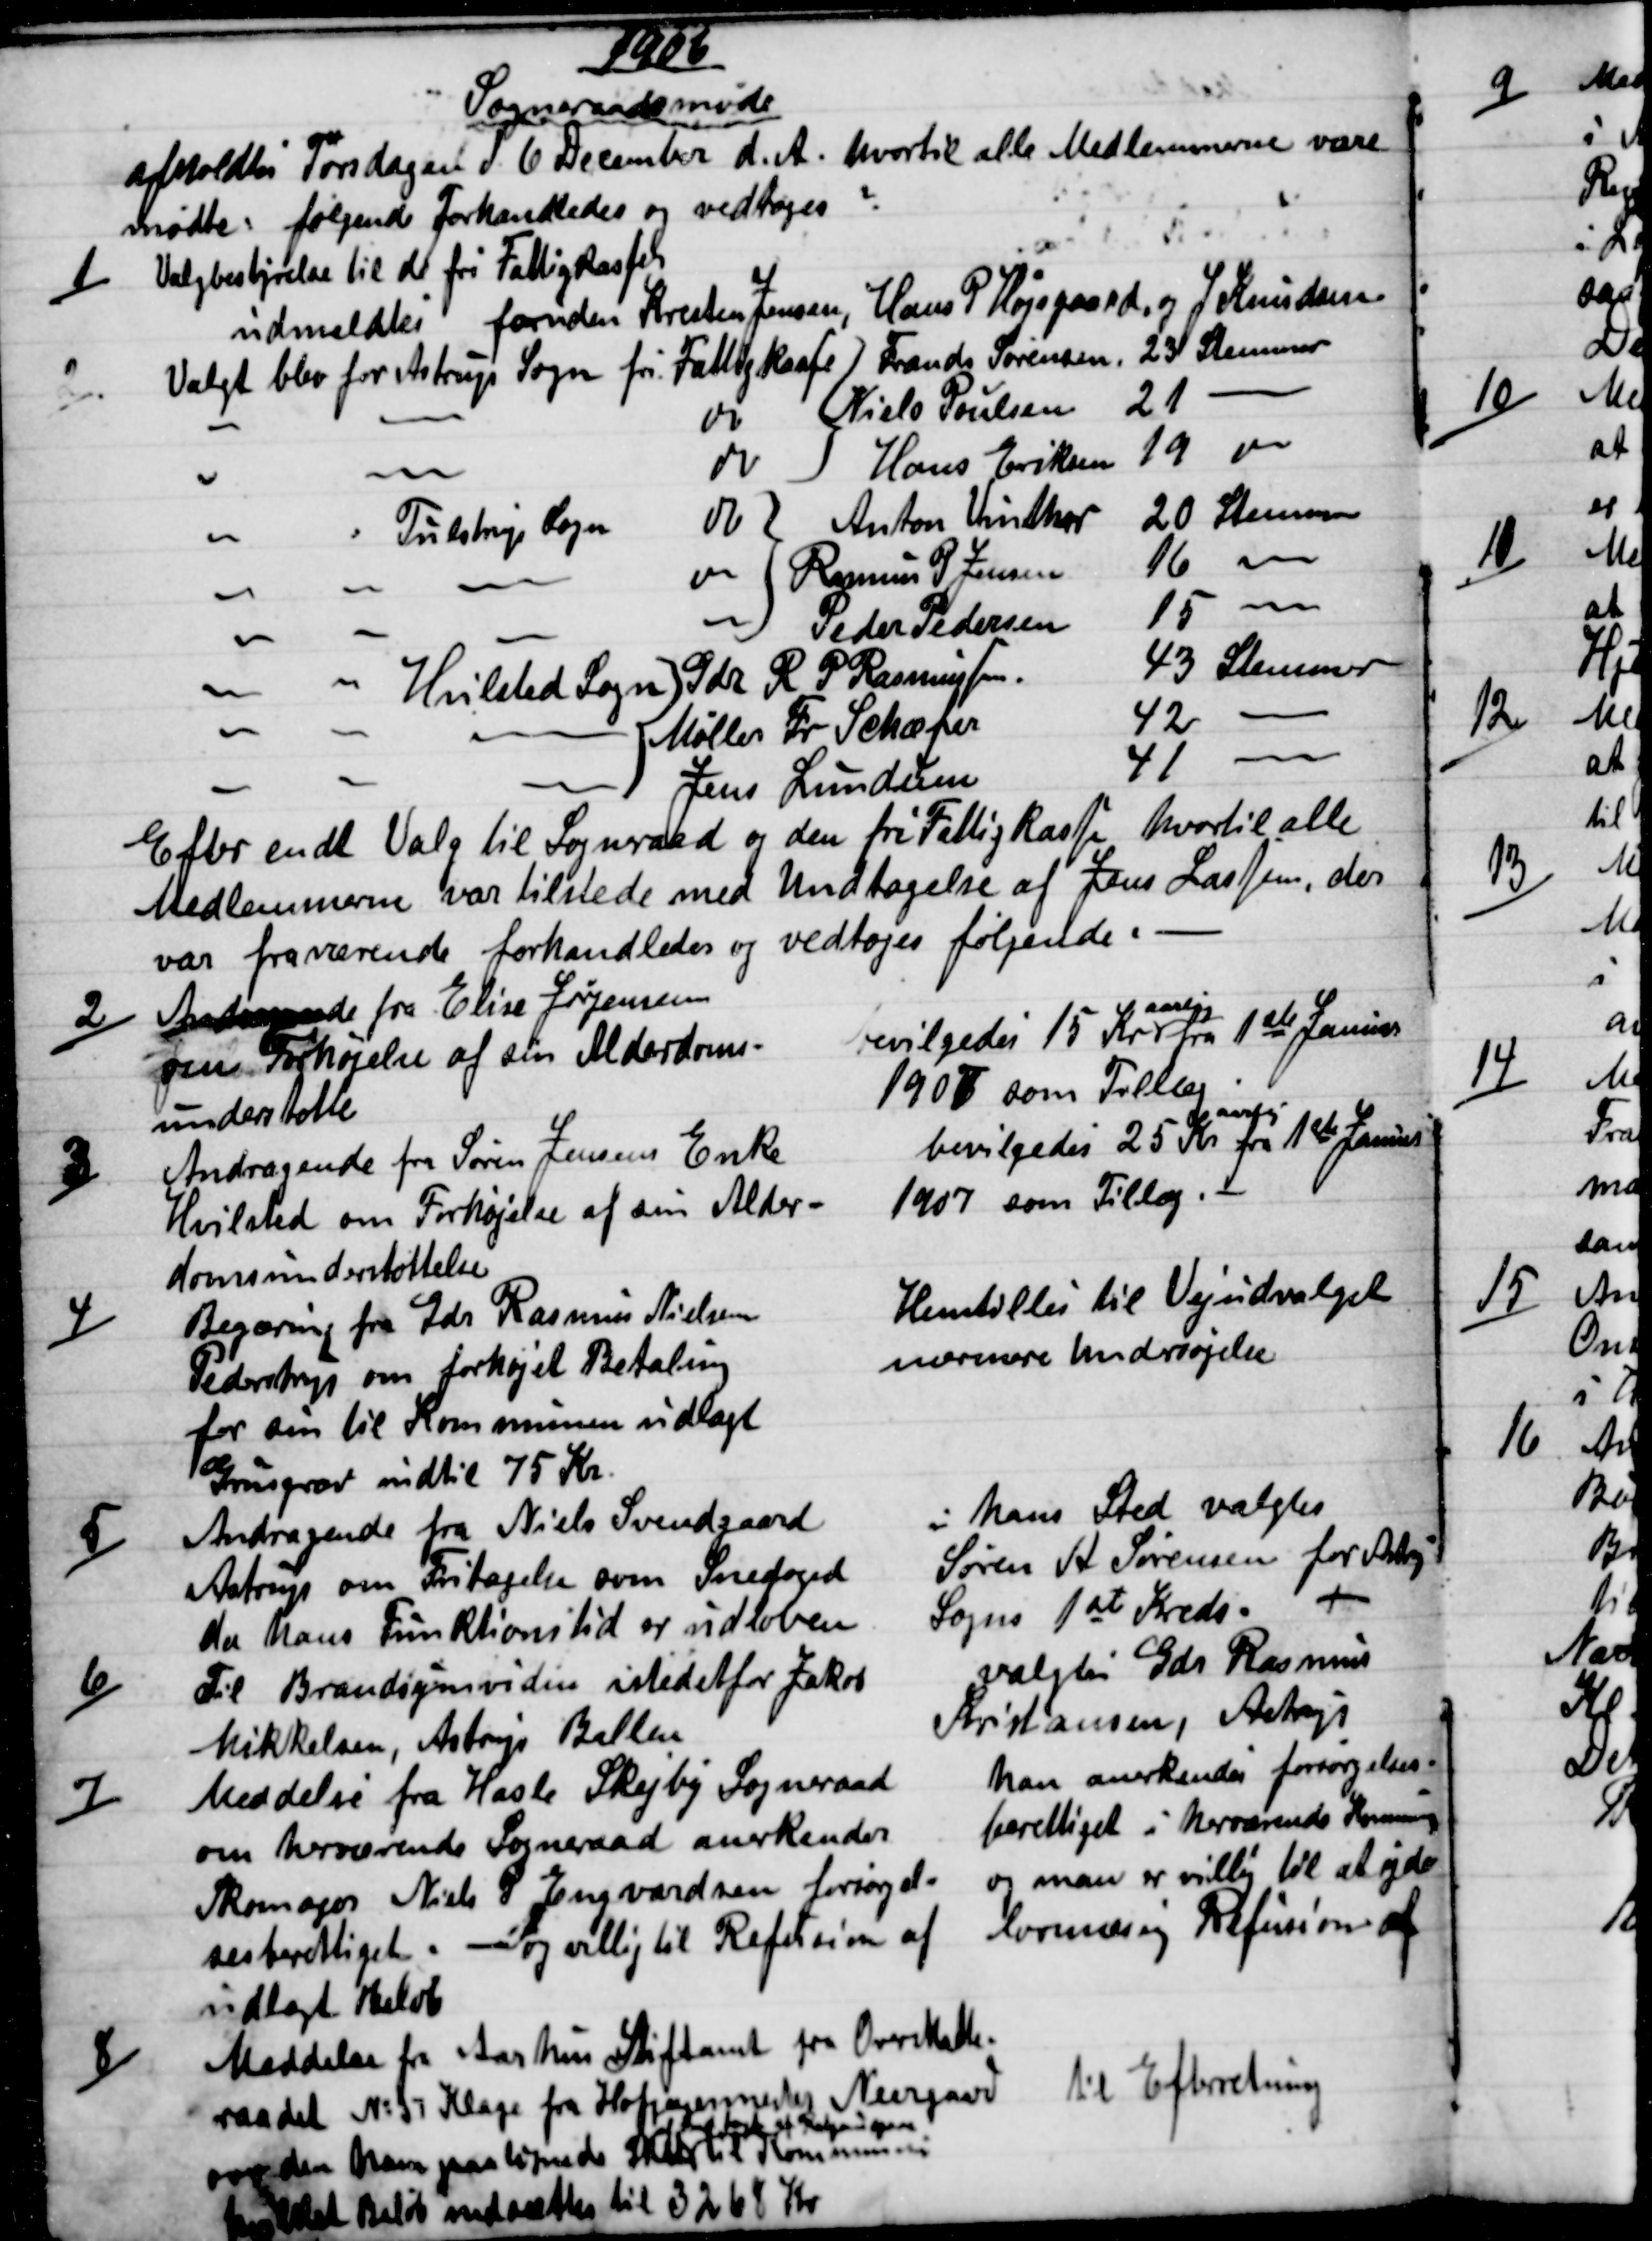
Transskription:
1906
Sogneraadsmøde
afholdtes Torsdagen d. 6 December d. A. hvortil alle Medlemmerne vare 
mødte: følgende forhandledes og vedtoges
1)
Valgbestyrelse til de fri Fattigkasse
udmeldtes foruden Kresten Jensen, Hans P. Højsgaard og J Knudsen
Valgt blev for Astrup Sogn fri Fattigkasse Frands Sørensen. 23 Stemmer
do
Niels Poulsen 21 
do
Hans Eriksen 19 
Tulstrup Sogn
do  
Anton Vinther 20 Stemmer
do
Rasmus P. Jensen 
16 
Peder Pedersen 
15 
Hvilsted Sogn Gdr R P Rasmussen.  
43 Stemmer
Møller Fr Schæfer
42 
Jens Lundum
41 
Efter endt Valg til Sogneraad og den fri Fattigkasse hvortil alle
Medlemmerne var tilstede med Undtagelse af Jens Lassen, der
var fraværende forhandledes og vedtoges følgende.
2)
Andragende fra Elise Jørgensen
om Forhøjelse af sin Alderdoms-
understøtte
bevilgedes 15 Kr
aarlig
fra 1ste Januar
1907 som Tillæg
3)
Andragende fra Søren Jensens Enke
Hvilsted om Forhøjelse af sin Alder-
domsunderstøttelse
bevilgedes 25 Kr 
aarlig
fra 1ste Januar
1907 som Tillæg.
4)
Begæring fra Gdr Rasmus Nielsen
Pederstrup om forhøjet Betaling
for sin til Kommunen udlagt
Grusgrav indtil 75 Kr.
Henstilles til Vejudvalget
nærmere undersøgelse
5)
Andragende fra Niels Svendgaard
Astrup om Fritagelse som Snefoged
da hans Funktionstid er udløben
i hans Sted valgtes
Søren A. Sørensen for Astrup
Sogn 1st Kreds.
6)
Til Brandsynsvidne istedetfor Jakob
Mikkelsen, Astrup Ballen
valgtes Gdr Rasmus
Kristiansen, Astrup
7)
Meddelse fra Hasle Skejby Sogneraad
om herværende Sogneraad anerkender 
Skomager Niels P Engvardsen forsørgel=
sesberettiget. - og villig til Refusion af
udlagt Beløb.
han anerkendes forsørgelses=
berettiget i herværende Kommune
og man er villig til at yde
lovmæsig Refusion af
8)
Meddelse fra Aarhus Stiftamt fra Overskatte=
raadet № 37 Klage fra Hofjægermester Neergard
om den ham paalignede Skat 
af    af Rantzausgave
til Kommunen
hvilket Beløb nedsættes til 3268 Kr
til Efterretning